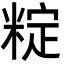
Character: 𬖣